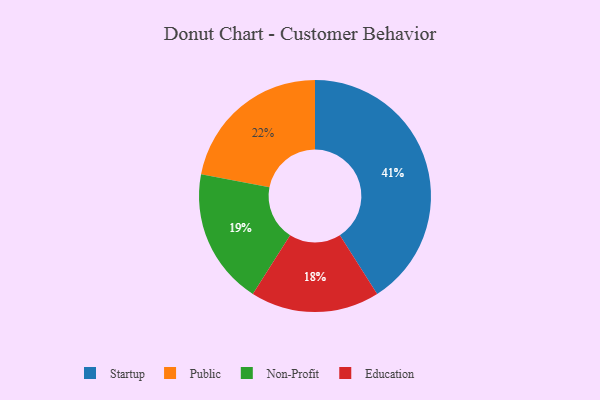
{"axis": {"x": "Category", "y": "Percentage"}, "legend": ["Education", "Non-Profit", "Public", "Startup"], "data": [{"x": "Non-Profit", "y": 19, "type": "Non-Profit"}, {"x": "Public", "y": 22, "type": "Public"}, {"x": "Education", "y": 18, "type": "Education"}, {"x": "Startup", "y": 41, "type": "Startup"}]}